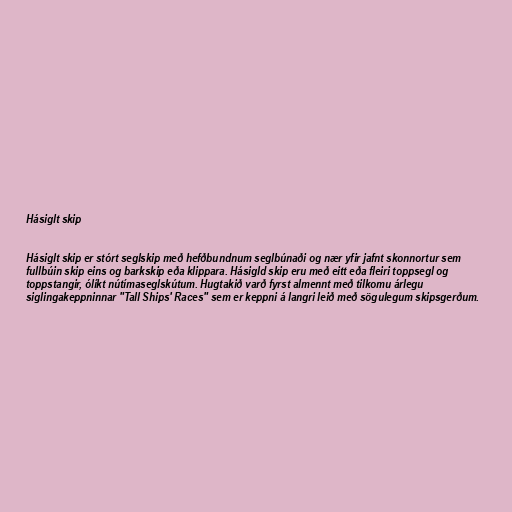
Hásiglt skip

Hásiglt skip er stórt seglskip með hefðbundnum seglbúnaði og nær yfir jafnt skonnortur sem
fullbúin skip eins og barkskip eða klippara. Hásigld skip eru með eitt eða fleiri toppsegl og
toppstangir, ólíkt nútímaseglskútum. Hugtakið varð fyrst almennt með tilkomu árlegu
siglingakeppninnar "Tall Ships' Races" sem er keppni á langri leið með sögulegum skipsgerðum.